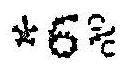
*6%